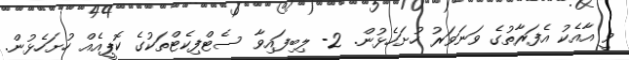
ވީ އާއެކު އެފަރާތުގެ ވަނަވަރު ހުށަހެޅުން. 2- ލިބިފައިވާ ސެޓްފިކެޓްތަކުގެ ކޮޕީއެއް ހުށަހެޅުން.